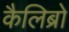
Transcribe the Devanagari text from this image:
कैलिब्रो